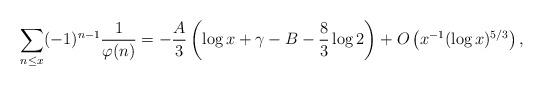
LaTeX: \begin{align*} \sum_{n\le x} (-1)^{n-1} \frac1{\varphi(n)} = - \frac{A}{3}\left(\log x+\gamma -B -\frac{8}{3}\log 2\right) + O\left( x^{-1}(\log x)^{5/3} \right),\end{align*}